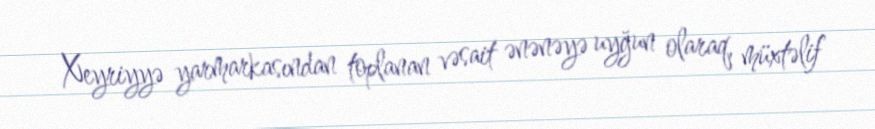
Xeyriyyə yarmarkasından toplanan vəsait ənənəyə uyğun olaraq, müxtəlif